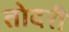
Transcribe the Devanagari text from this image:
तोदरी